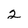
Character: 2